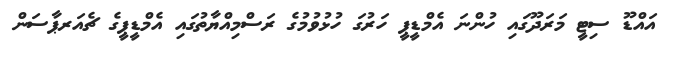
އައްޑޫ ސިޓީ މަރަދޫގައި ހުންނަ އެމްޑީޕީ ހަރުގަ ހުޅުވުމުގެ ރަސްމިއްޔާތުގައި އެމްޑީޕީގެ ޗެއަރޕާސަން